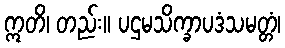
ဣတိ၊ တည်း။ ပဌမသိက္ခာပဒံသမတ္တံ၊